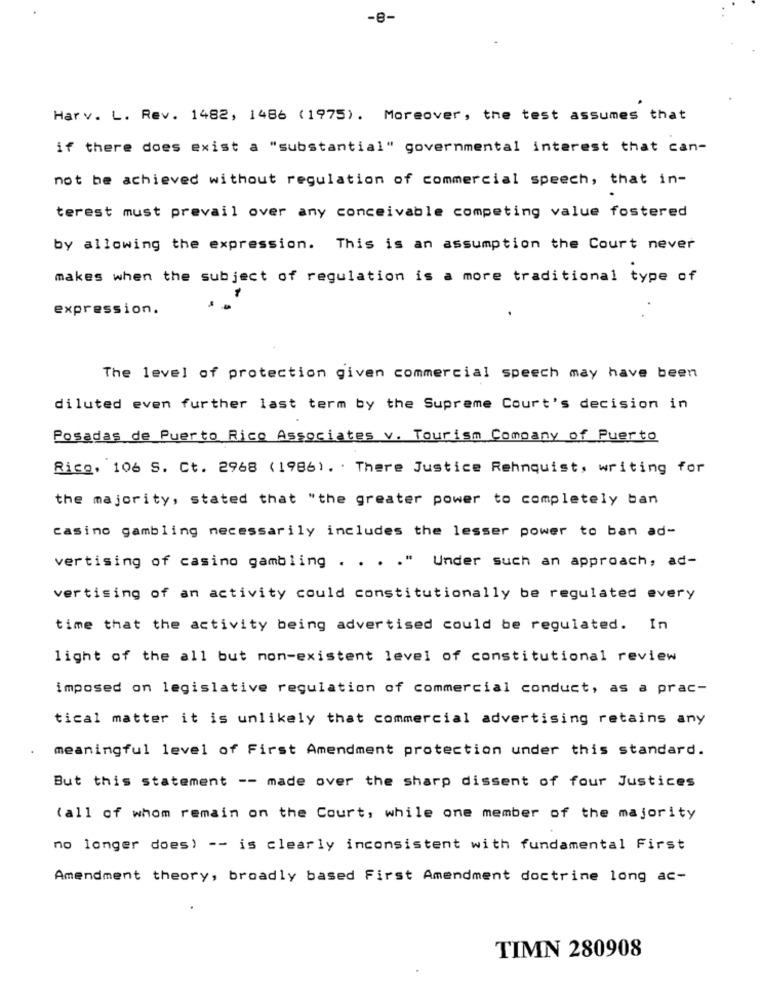
-8-
Harv. L. Rev. 1482, 1486 (1975). Moreover, the test assumes that
if there does exist a "substantial" governmental interest that can-
not be achieved without regulation of commercial speech, that in-
terest must prevail over any conceivable competing value fostered
by allowing the expression. This is an assumption the Court never
makes when the subject of regulation is a more traditional type of
expression.
The level of protection given commercial speech may have been
diluted even further last term by the Supreme Court's decision in
Posadas de Puerto Rico Associates v. Tourism Company of Puerto
Rico, 106 S. Ct. 2968 (1986) . . There Justice Rehnquist, writing for
the majority, stated that "the greater power to completely ban
casino gambling necessarily includes the lesser power to ban ad-
vertising of casino gambling . . . . " Under such an approach, ad-
vertising of an activity could constitutionally be regulated every
time that the activity being advertised could be regulated. In
light of the all but non-existent level of constitutional review
imposed on legislative regulation of commercial conduct, as a prac-
tical matter it is unlikely that commercial advertising retains any
meaningful level of First Amendment protection under this standard.
But this statement -- made over the sharp dissent of four Justices
(all of whom remain on the Court, while one member of the majority
no longer does) -- is clearly inconsistent with fundamental First
Amendment theory, broadly based First Amendment doctrine long ac-
TIMN 280908